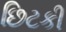
છિટકી